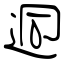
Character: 迵